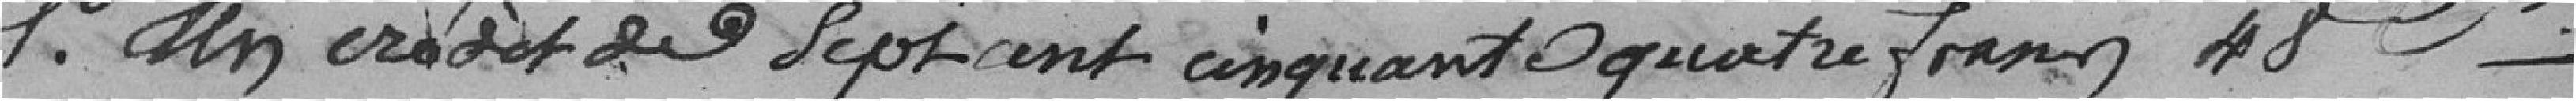
1° Un crédit de sept cent cinquante quatre francs 48 ces